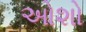
ઓશો